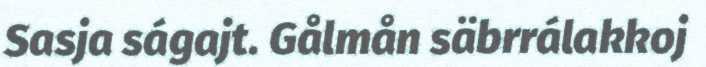
Sasja ságajt. Gålmån säbrrálakkoj